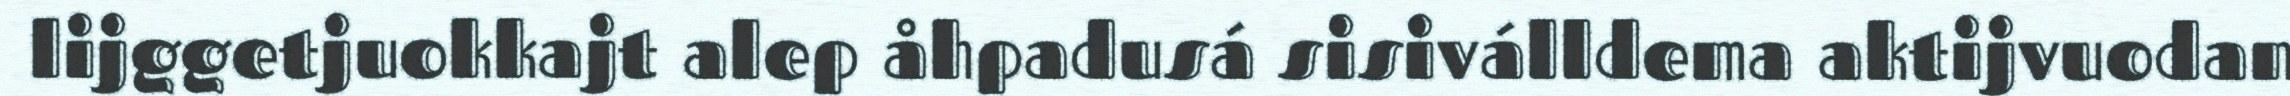
lijggetjuokkajt alep åhpadusá sisiválldema aktijvuodan